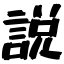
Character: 説